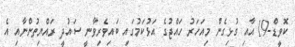
ކޮވީޑް-19 އާއި ގުޅިގެން މިއަހަރު ހައްޖުގެ އަޅުކަމުގައި ބައިވެރިވާނީ ސައުދީ ރައްޔިތުންނާއި އެ